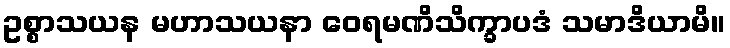
ဥစ္စာသယန မဟာသယနာ ဝေရမဏိသိက္ခာပဒံ သမာဒိယာမိ။